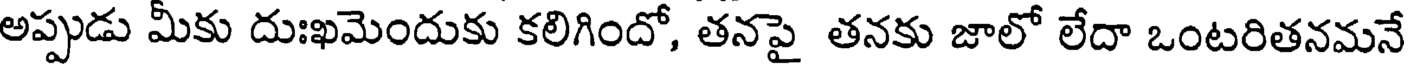
అప్పుడు మీకు దుఃఖమెందుకు కలిగిందో, తనపై తనకు జాలో లేదా ఒంటరితనమనే